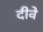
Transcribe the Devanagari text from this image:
दीवे